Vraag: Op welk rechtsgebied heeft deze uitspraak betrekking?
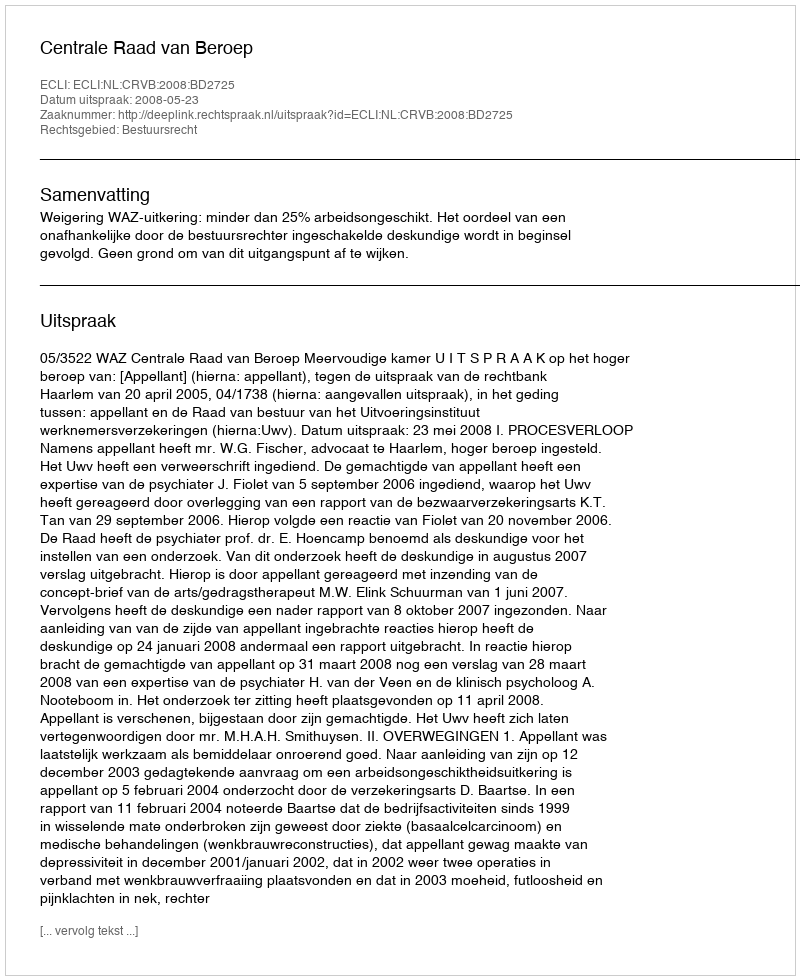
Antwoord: Bestuursrecht